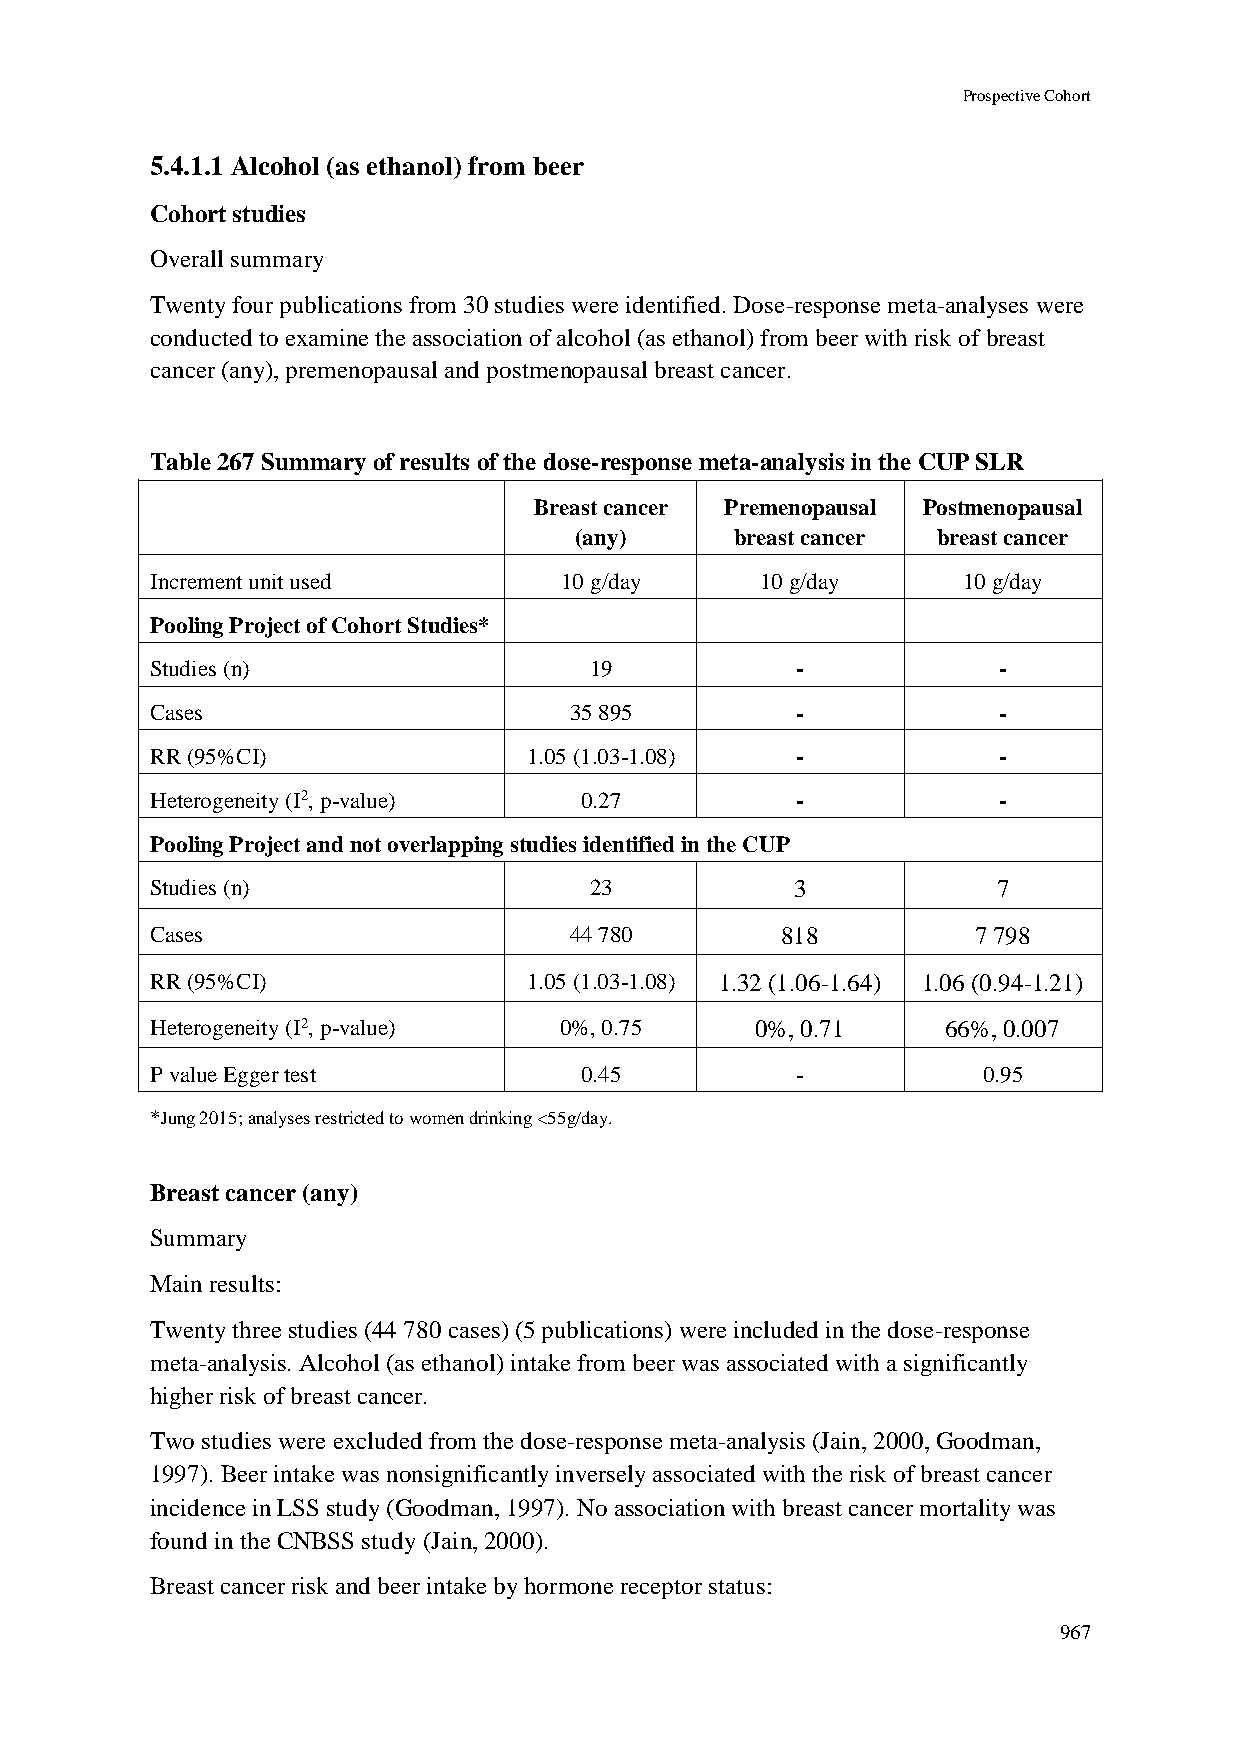
Prospective Cohort
 5.4.1.1 Alcohol (as ethanol) from beer
 Cohort studies
 Overall summary
 Twenty four publications from 30 studies were identified. Dose-response meta-analyses were
 conducted to examine the association of alcohol (as ethanol) from beer with risk of breast
 cancer (any), premenopausal and postmenopausal breast cancer.
 Table 267 Summary of results of the dose-response meta-analysis in the CUP SLR
 Breast cancer Premenopausal Postmenopausal
 (any)      breast cancer breast cancer
 Increment unit used        10 g/day     10 g/day      10 g/day
 Pooling Project of Cohort Studies*
 Studies (n)                  19            -            -
 Cases                       35 895         -            -
 RR (95%CI)               1.05 (1.03-1.08)  -            -
 Heterogeneity (I2, p-value) 0.27           -            -
 Pooling Project and not overlapping studies identified in the CUP
 Studies (n)                  23            3            7
 Cases                       44 780        818         7 798
 RR (95%CI)               1.05 (1.03-1.08) 1.32 (1.06-1.64) 1.06 (0.94-1.21)
 Heterogeneity (I2, p-value) 0%, 0.75    0%, 0.71     66%, 0.007
 P value Egger test          0.45           -           0.95
 *Jung 2015; analyses restricted to women drinking <55g/day.
 Breast cancer (any)
 Summary
 Main results:
 Twenty three studies (44 780 cases) (5 publications) were included in the dose-response
 meta-analysis. Alcohol (as ethanol) intake from beer was associated with a significantly
 higher risk of breast cancer.
 Two studies were excluded from the dose-response meta-analysis (Jain, 2000, Goodman,
 1997). Beer intake was nonsignificantly inversely associated with the risk of breast cancer
 incidence in LSS study (Goodman, 1997). No association with breast cancer mortality was
 found in the CNBSS study (Jain, 2000).
 Breast cancer risk and beer intake by hormone receptor status:
 967